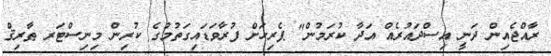
ރާއްޖެއިން ދަނީ އިސްދައުރެއް އަދާ ކުރަމުން" ޕެރިހަށް ފުރާވަޑައިގަތުމުގެ ކުރިން މިނިސްޓަރ ޠާރިޤް